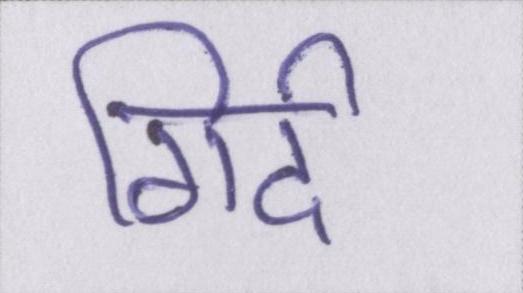
गिर्द